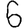
Digit: 6